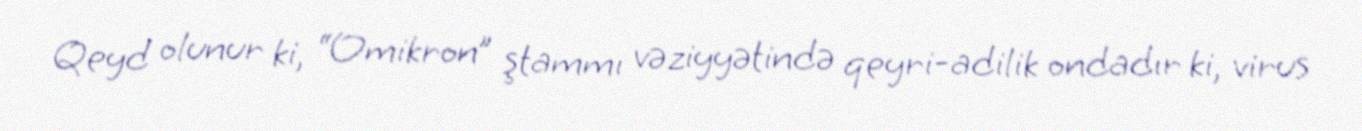
Qeyd olunur ki, “Omikron” ştammı vəziyyətində qeyri-adilik ondadır ki, virus